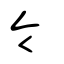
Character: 令